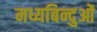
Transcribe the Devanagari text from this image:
मध्यबिन्दुओं